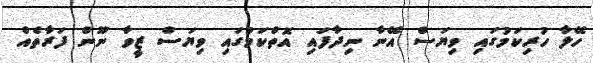
ހޭލާ ހުރިކަމުގައި ވިޔަސް އޭނާ ނިދާފައި އޮތްކަމުގައި ވިޔަސް ޒީވާ ނޫން ފަރާތެއް